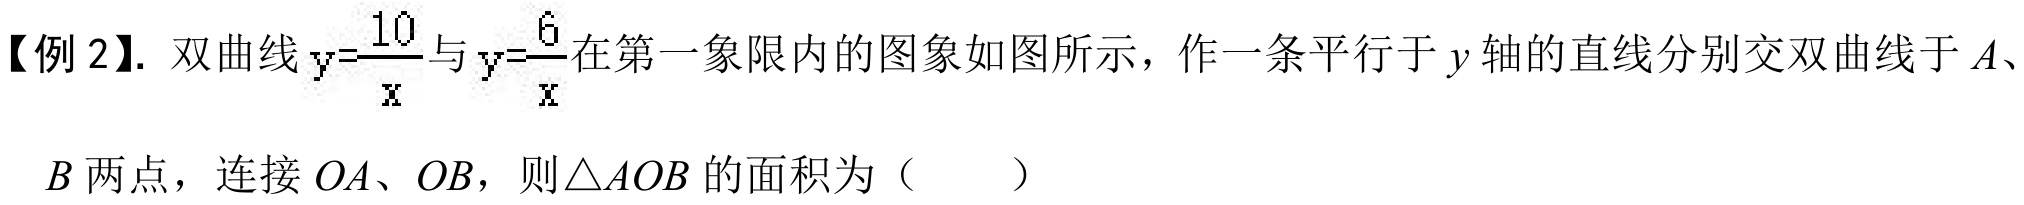
【例 2】. 双曲线 \(y = \frac{10}{x}\) 与 \(y = \frac{6}{x}\) 在第一象限内的图象如图所示，作一条平行于 \(y\) 轴的直线分别交双曲线于 \(A\)、\(B\) 两点，连接 \(OA\)、\(OB\)，则\(\triangle AOB\) 的面积为（  ）